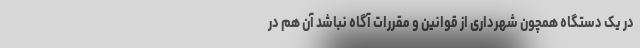
در یک دستگاه همچون شهرداری از قوانین و مقررات آگاه نباشد آن هم در